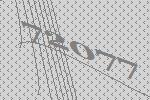
72077